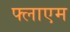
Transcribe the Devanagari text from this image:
फ्लाएम